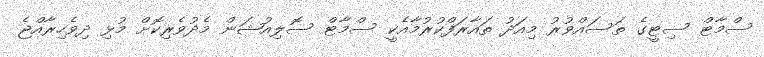
ސްމާޓް ސިޓީގެ ތަސައްވުރު މިއަދު ތައާރަފްކުރުމާއެކީ ސްމާޓް ސޮލިއުޝަން މެދުވެރިކޮށް މުޅި ދިވެހިރާއްޖެ